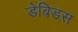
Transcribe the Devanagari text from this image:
डेबिडस